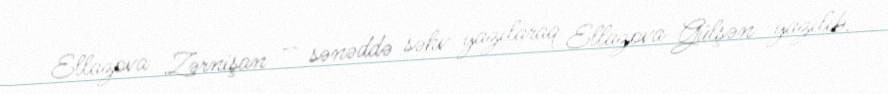
Ellazova Zərnişan — sənəddə səhv yazılaraq Ellazova Gülşən yazılıb.